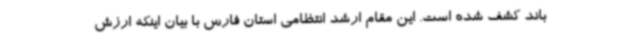
باند کشف شده است. این مقام ارشد انتظامی استان فارس با بیان اینکه ارزش